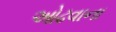
ઓઢવાના